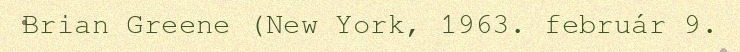
Brian Greene (New York, 1963. február 9.